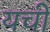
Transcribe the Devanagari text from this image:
यची